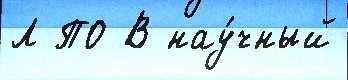
Л ПО В нау́чный